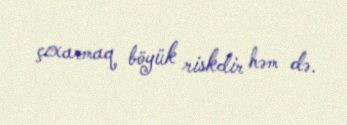
çıxarmaq böyük riskdir həm də.